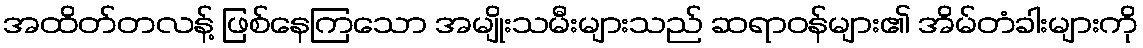
အထိတ်တလန့် ဖြစ်နေကြသော အမျိုးသမီးများသည် ဆရာဝန်များ၏ အိမ်တံခါးများကို